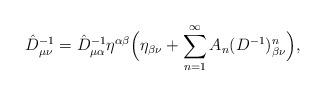
LaTeX: \begin{align*}\hat{D}^{-1}_{\mu\nu}=\hat{D}^{-1}_{\mu\alpha}\eta^{\alpha\beta}\Bigl(\eta_{\beta\nu}+\sum_{n=1}^\infty A_n (D^{-1})^n_{\beta\nu}\Bigr),\end{align*}